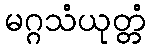
မဂ္ဂသံယုတ္တံ